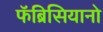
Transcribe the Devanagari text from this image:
फॅब्रिसियानो